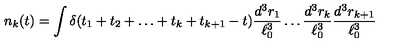
n _ { k } ( t ) = \int \delta ( t _ { 1 } + t _ { 2 } + \ldots + t _ { k } + t _ { k + 1 } - t ) \frac { d ^ { 3 } r _ { 1 } } { \ell _ { 0 } ^ { 3 } } \ldots \frac { d ^ { 3 } r _ { k } } { \ell _ { 0 } ^ { 3 } } \frac { d ^ { 3 } r _ { k + 1 } } { \ell _ { 0 } ^ { 3 } }